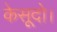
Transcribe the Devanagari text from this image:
केसूदो।